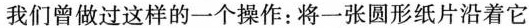
我们曾做过这样的一个操作：将一张圆形纸片沿着它